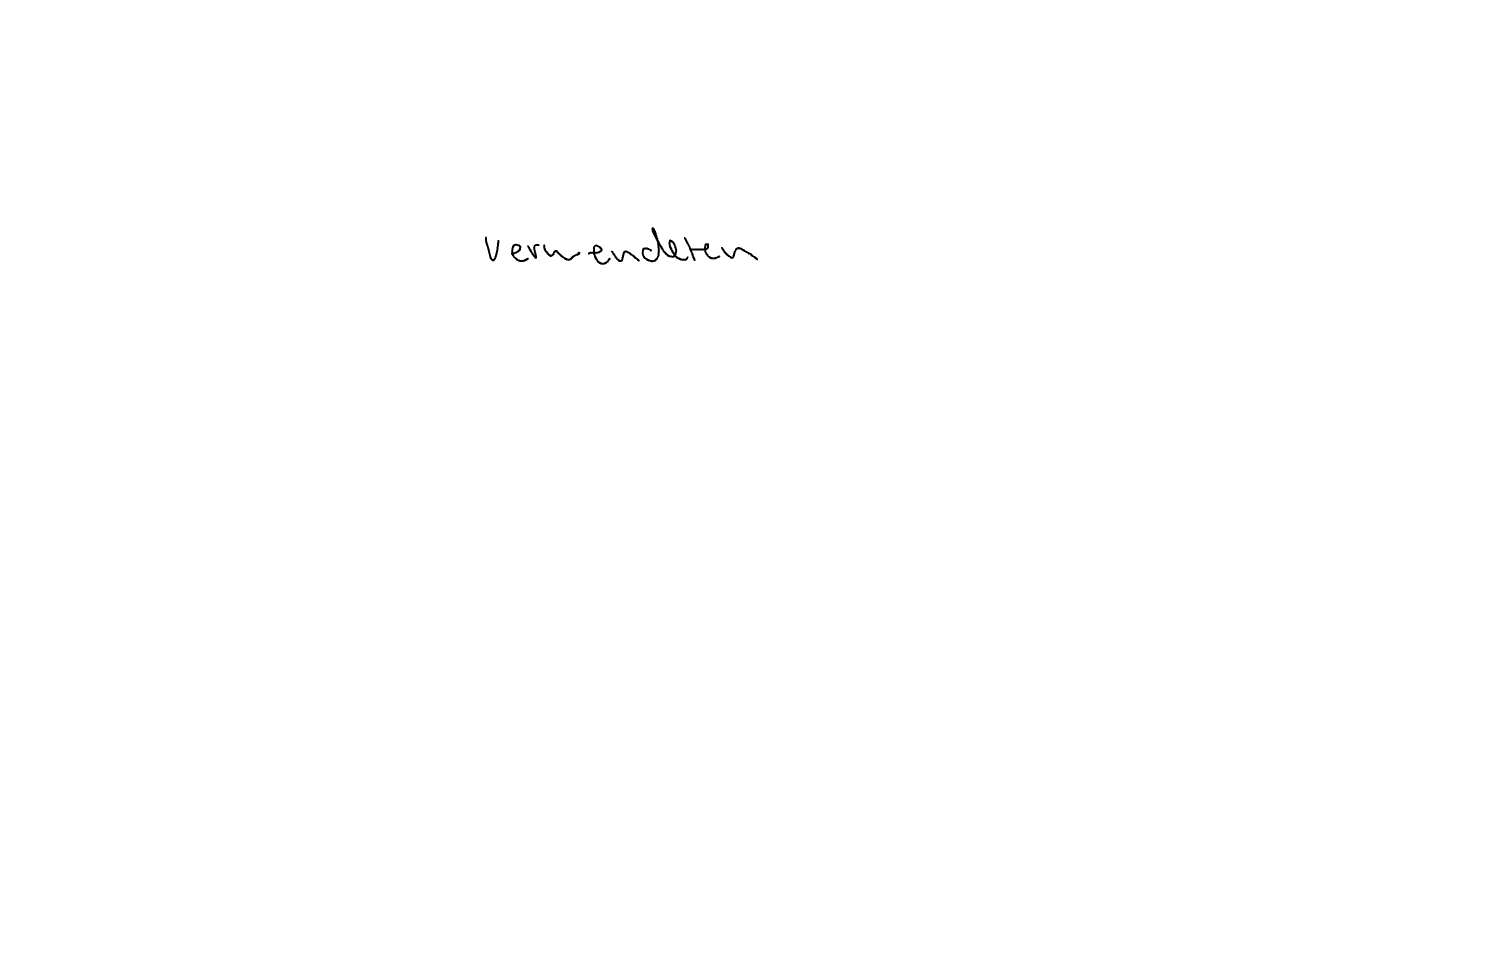
Text: verwendeten